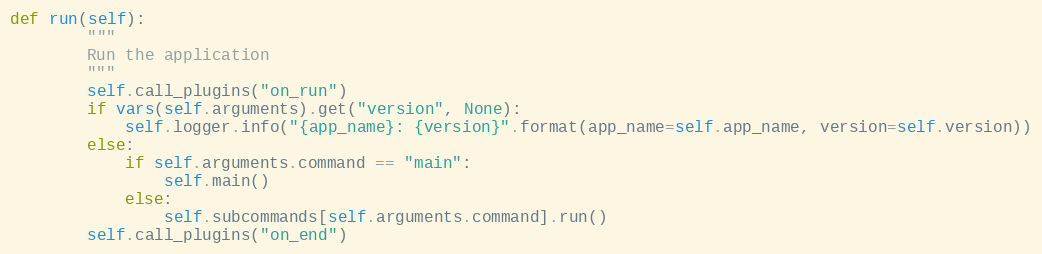
Language: Python
def run(self):
        """
        Run the application
        """
        self.call_plugins("on_run")
        if vars(self.arguments).get("version", None):
            self.logger.info("{app_name}: {version}".format(app_name=self.app_name, version=self.version))
        else:
            if self.arguments.command == "main":
                self.main()
            else:
                self.subcommands[self.arguments.command].run()
        self.call_plugins("on_end")